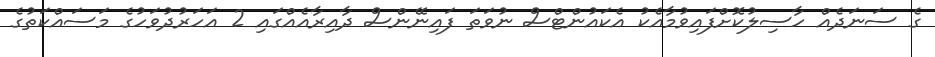
ގެ ސަނަދެއް ހާސިލުކޮށްފައިވުމާއެކު އެކައުންޓްސް ނުވަތަ ފައިނޭންސް ދާއިރާއެއްގައި 2 އަހަރުދުވަހުގެ މަސައްކަތުގެ